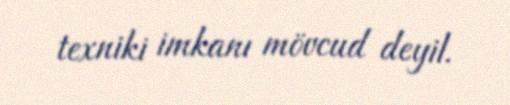
texniki imkanı mövcud deyil.